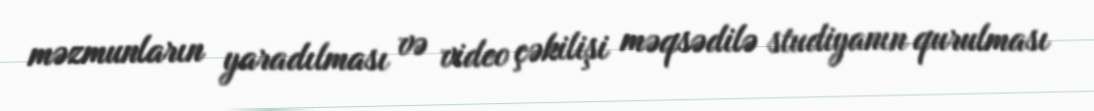
məzmunların yaradılması və video çəkilişi məqsədilə studiyanın qurulması